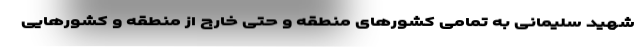
شهید سلیمانی به تمامی کشورهای منطقه و حتی خارج از منطقه و کشورهایی